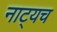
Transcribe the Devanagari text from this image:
नाट्यच